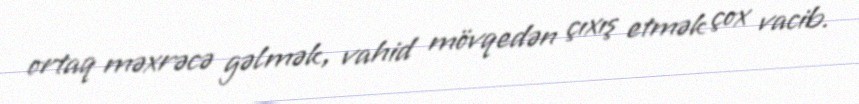
ortaq məxrəcə gəlmək, vahid mövqedən çıxış etmək çox vacib.